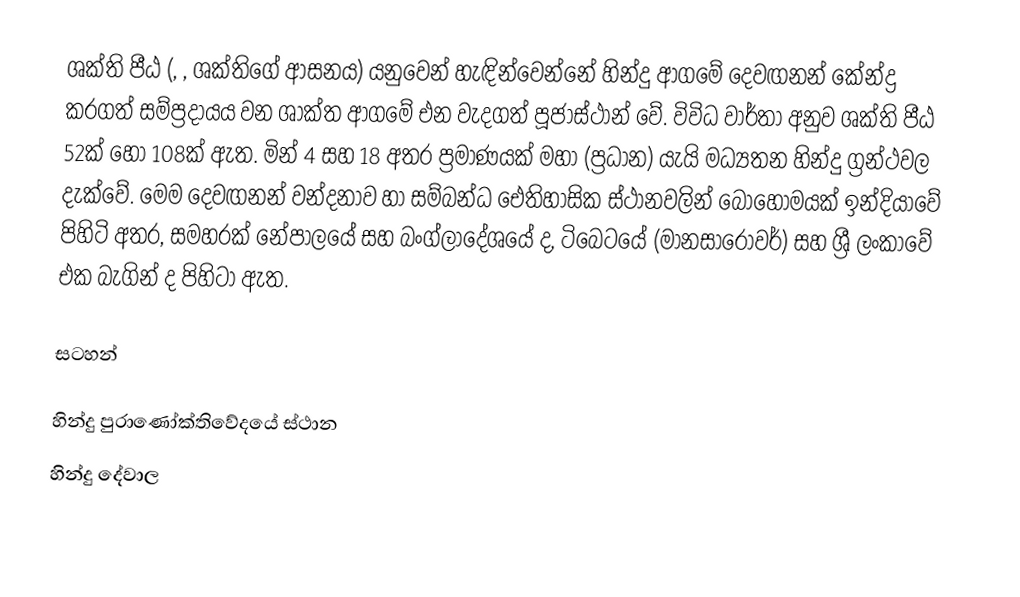
ශක්ති පීඨ (, , ශක්තිගේ ආසනය) යනුවෙන් හැඳින්වෙන්නේ හින්දු ආගමේ දෙවඟනන් කේන්ද්‍ර කරගත් සම්ප්‍රදායය වන ශාක්ත ආගමේ එන වැදගත් පූජාස්ථාන් වේ. විවිධ වාර්තා අනුව ශක්ති පීඨ 52ක් හෝ 108ක් ඇත. මින් 4 සහ 18 අතර ප්‍රමාණයක් මහා (ප්‍රධාන) යැයි මධ්‍යතන හින්දු ග්‍රන්ථවල දැක්වේ. මෙම දෙවඟනන් වන්දනාව හා සම්බන්ධ ඓතිහාසික ස්ථානවලින් බොහෝමයක් ඉන්දියාවේ පිහිටි අතර, සමහරක් නේපාලයේ සහ බංග්ලාදේශයේ ද, ටිබෙටයේ (මානසාරෝවර්) සහ ශ්‍රී ලංකාවේ එක බැගින් ද පිහිටා ඇත.

සටහන්

හින්දු පුරාණෝක්තිවේදයේ ස්ථාන
හින්දු දේවාල